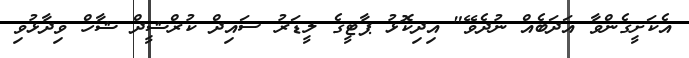
އެކަށީގެންވާ އަދަބެއް ނުދެވޭ" އިދިކޮޅު ޕާޓީގެ ލީޑަރު ސައިދް ކުރްޝީދް ޝާހް ވިދާޅުވި